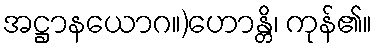
အဋ္ဌာနယောဂ။)ဟောန္တိ၊ ကုန်၏။